Vaccine operations Central Provinces 1868-1885 - 1868-1885
Year: 1868
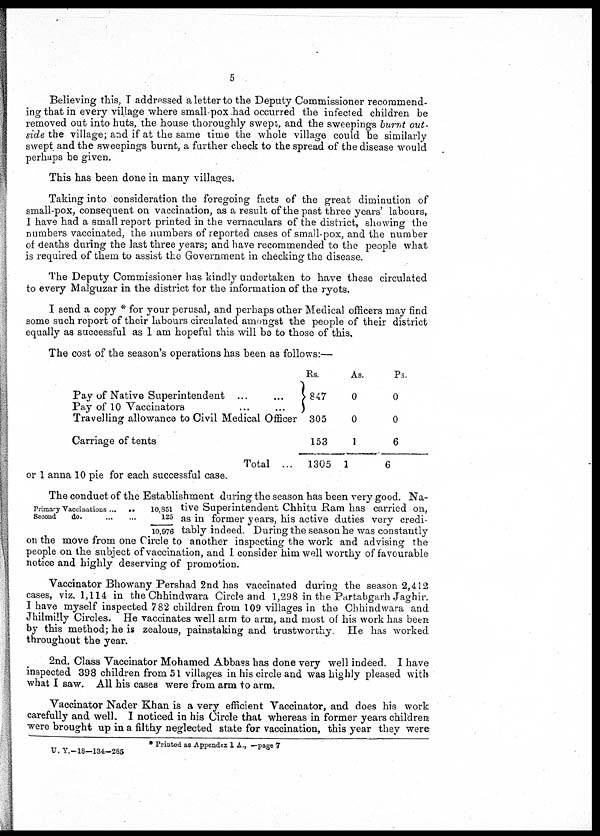
5
Believing this, I addressed a letter to the Deputy Commissioner recommend-
ing that in every village where small-pox had occurred the infected children be
removed out into huts, the house thoroughly swept, and the sweepings burnt out-
side the village; and if at the same time the whole village could be similarly
swept and the sweepings burnt, a further check to the spread of the disease would
perhaps be given.
This has been done in many villages.
Taking into consideration the foregoing facts of the great diminution of
small-pox, consequent on vaccination, as a result of the past three years' labours,
I have had a small report printed in the vernaculars of the district, showing the
numbers vaccinated, the numbers of reported cases of small-pox, and the number
of deaths during the last three years; and have recommended to the people what
is required of them to assist the Government in checking the disease.
The Deputy Commissioner has kindly undertaken to have these circulated
to every Malguzar in the district for the information of the ryots.
I send a copy * for your perusal, and perhaps other Medical officers may find
some such report of their labours circulated amongst the people of their district
equally as successful as I am hopeful this will be to those of this.
The cost of the season's operations has been as follows:—
Pay of Native Superintendent ... ...
Pay of 10 Vaccinators
...
...
Travelling allowance to Civil Medical Officer
Carriage of tents
Total ...
Rs.
847
305
153
1305
As.
0
0
1
1
Ps.
0
0
6
6
or 1 anna 10 pie for each successful case.
Primary Vaccinations ... ...
Second
do.
...
...
10,851
125
10,976
The conduct of the Establishment during the season has been very good. Na-
tive Superintendent Chhitu Ram has carried on,
as in former years, his active duties very credi-
tably indeed. During the season he was constantly
on the move from one Circle to another inspecting the work and advising the
people on the subject of vaccination, and I consider him well worthy of favourable
notice and highly deserving of promotion.
Vaccinator Bhowany Pershad 2nd has vaccinated during the season 2,412
cases, viz. 1,114 in the Chhindwara Circle and 1,298 in the Partabgarh Jaghir.
I have myself inspected 782 children from 109 villages in the Chhindwara and
Jhilmilly Circles. He vaccinates well arm to arm, and most of his work has been
by this method; he is zealous, painstaking and trustworthy He has worked
throughout the year.
2nd. Class Vaccinator Mohamed Abbass has done very well indeed. I have
inspected 398 children from 51 villages in his circle and was highly pleased with
what I saw. All his cases were from arm to arm.
Vaccinator Nader Khan is a very efficient Vaccinator, and does his work
carefully and well. I noticed in his Circle that whereas in former years children
were brought up in a filthy neglected state for vaccination, this year they were
* Printed as Appendex 1 A.,—page 7
U. Y.-18—134-285